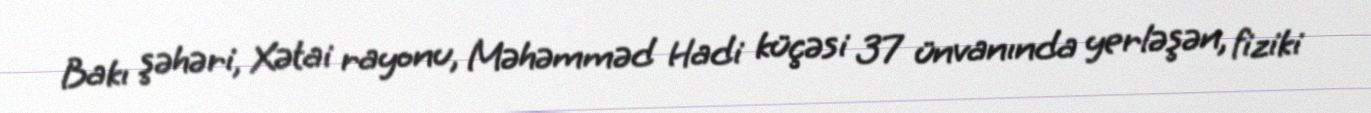
Bakı şəhəri, Xətai rayonu, Məhəmməd Hadi küçəsi 37 ünvanında yerləşən, fiziki